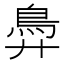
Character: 𬶽